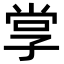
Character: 𭓋